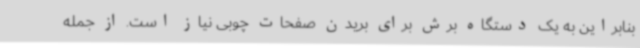
بنابراین به یک دستگاه برش برای بریدن صفحات چوبی نیاز است. از جمله